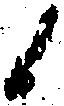
候